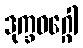
ဒုက္ခဝဂ္ဂေါ